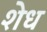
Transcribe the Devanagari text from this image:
शेध